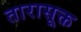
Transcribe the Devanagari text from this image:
तारासूक्त